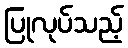
ပြုလုပ်သည့်